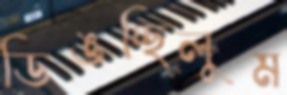
ডিঙচ্ছিলুম